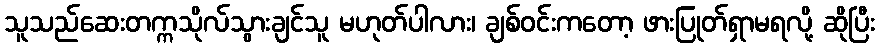
သူသည်ဆေးတက္ကသိုလ်သွားချင်သူ မဟုတ်ပါလား၊ ချစ်ဝင်းကတော့ ဖားပြုတ်ရှာမရလို့ ဆိုပြီး